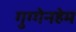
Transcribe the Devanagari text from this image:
गुग्गेनहेम